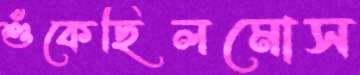
শুঁকেছিলমোস